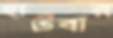
হাটবার